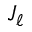
J _ { \ell }